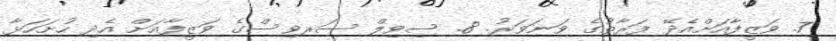
7. ވަޒީފާއަށްއެދޭ ފަރާތުގެ ވަނަވަރު. 8. ސިވިލް ސަރވިސްގެ ވަޒީފާއަށް އެދި ހުށަހަޅާ